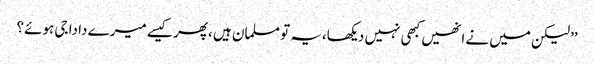
’’لیکن میں نے انھیں کبھی نہیں دیکھا،یہ تو مسلمان ہیں ،پھر کیسے میرے دادا جی ہوئے؟